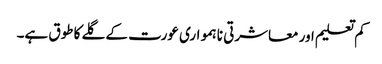
کم تعلیم اور معاشرتی نا ہمواری عورت کے گلے کا طوق ہے۔